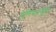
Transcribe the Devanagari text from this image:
हेलियमसुद्धा